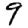
Digit: 9